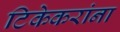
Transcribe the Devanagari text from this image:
टिकेकरांना